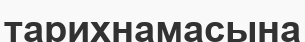
тарихнамасына